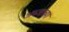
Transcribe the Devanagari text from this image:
अब्जांच्या